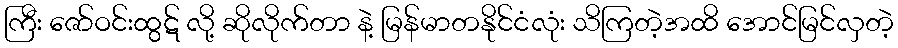
ကြီး ဇော်ဝင်းထွဋ် လို့ ဆိုလိုက်တာ နဲ့ မြန်မာတနိုင်ငံလုံး သိကြတဲ့အထိ အောင်မြင်လှတဲ့